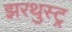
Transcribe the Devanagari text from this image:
झरथुस्ट्र